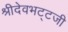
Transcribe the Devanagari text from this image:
श्रीदेवभट्टजी